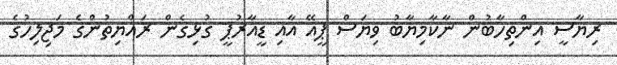
ރިޔާސީ އިންތިހާބުން ނާކާމިޔާބު ވިޔަސް ޕީއޭ އާއި ޑީއާރުޕީ ގުޅިގެން ރައްޔިތުންގެ މަޖިލިހުގެ